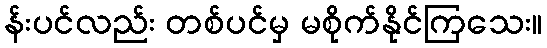
န်းပင်လည်း တစ်ပင်မှ မစိုက်နိုင်ကြသေး။